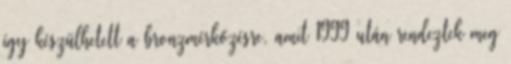
így készülhetett a bronzmérkőzésre, amit 1999 után rendeztek meg